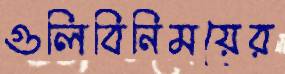
গুলিবিনিময়ের